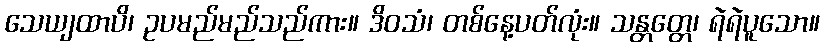
သေယျထာပိ၊ ဥပမည်မည်သည်ကား။ ဒိဝသံ၊ တစ်နေ့ပတ်လုံး။ သန္တတ္တေ၊ ရဲရဲပူသော။